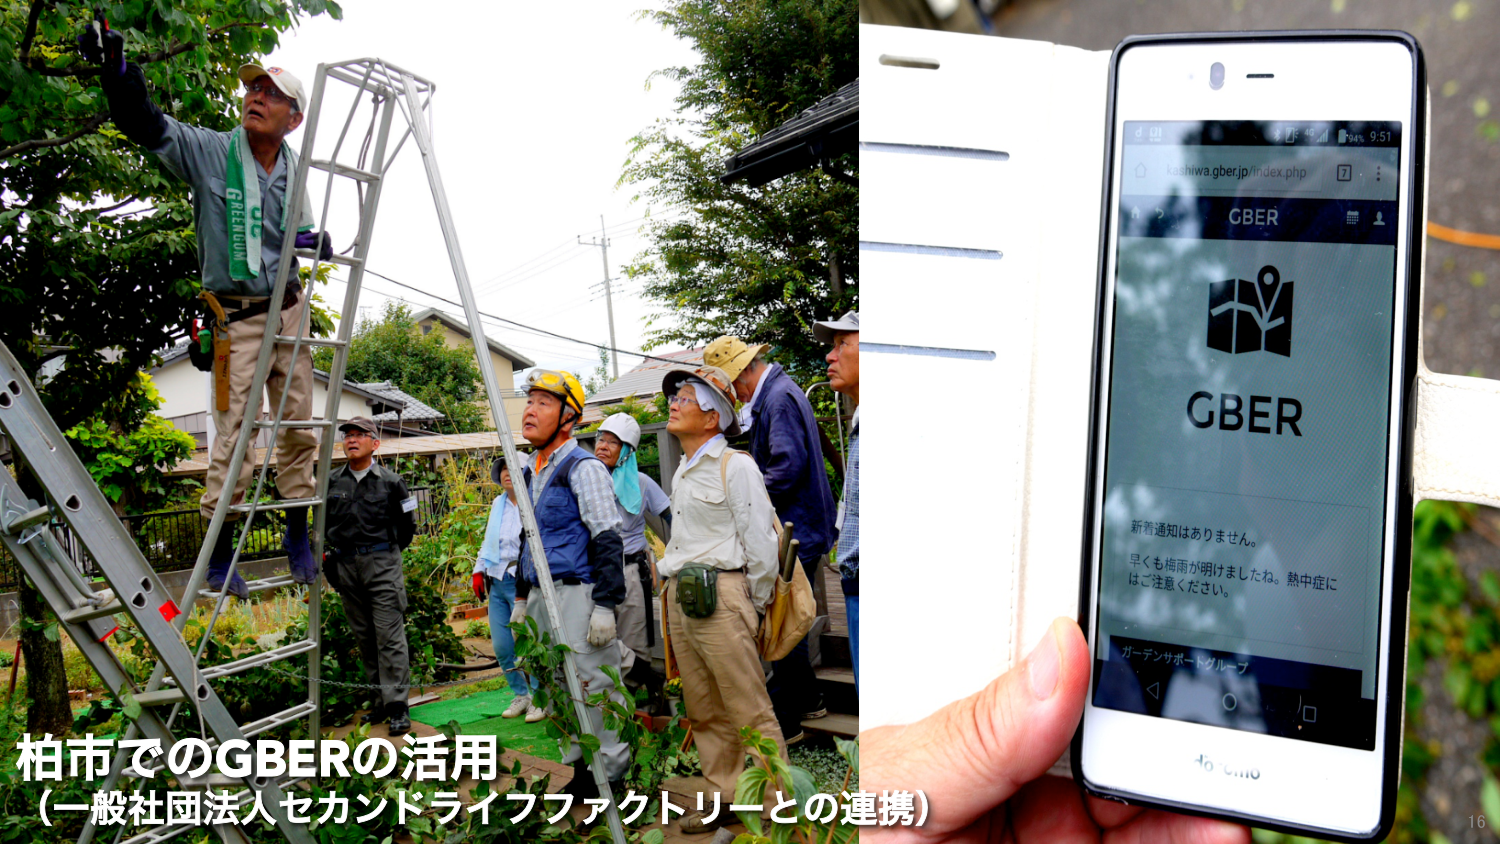
柏市でのGBERの活用
（一般社団法人セカンドライフファクトリーとの連携）

kashiwa.gber.jp/index.php
GBER
GBER
新着通知はありません。
早くも梅雨が明けましたね。熱中症に
はご注意ください。
ガーデンサポートグループ
16